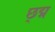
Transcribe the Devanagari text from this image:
छ्द्म